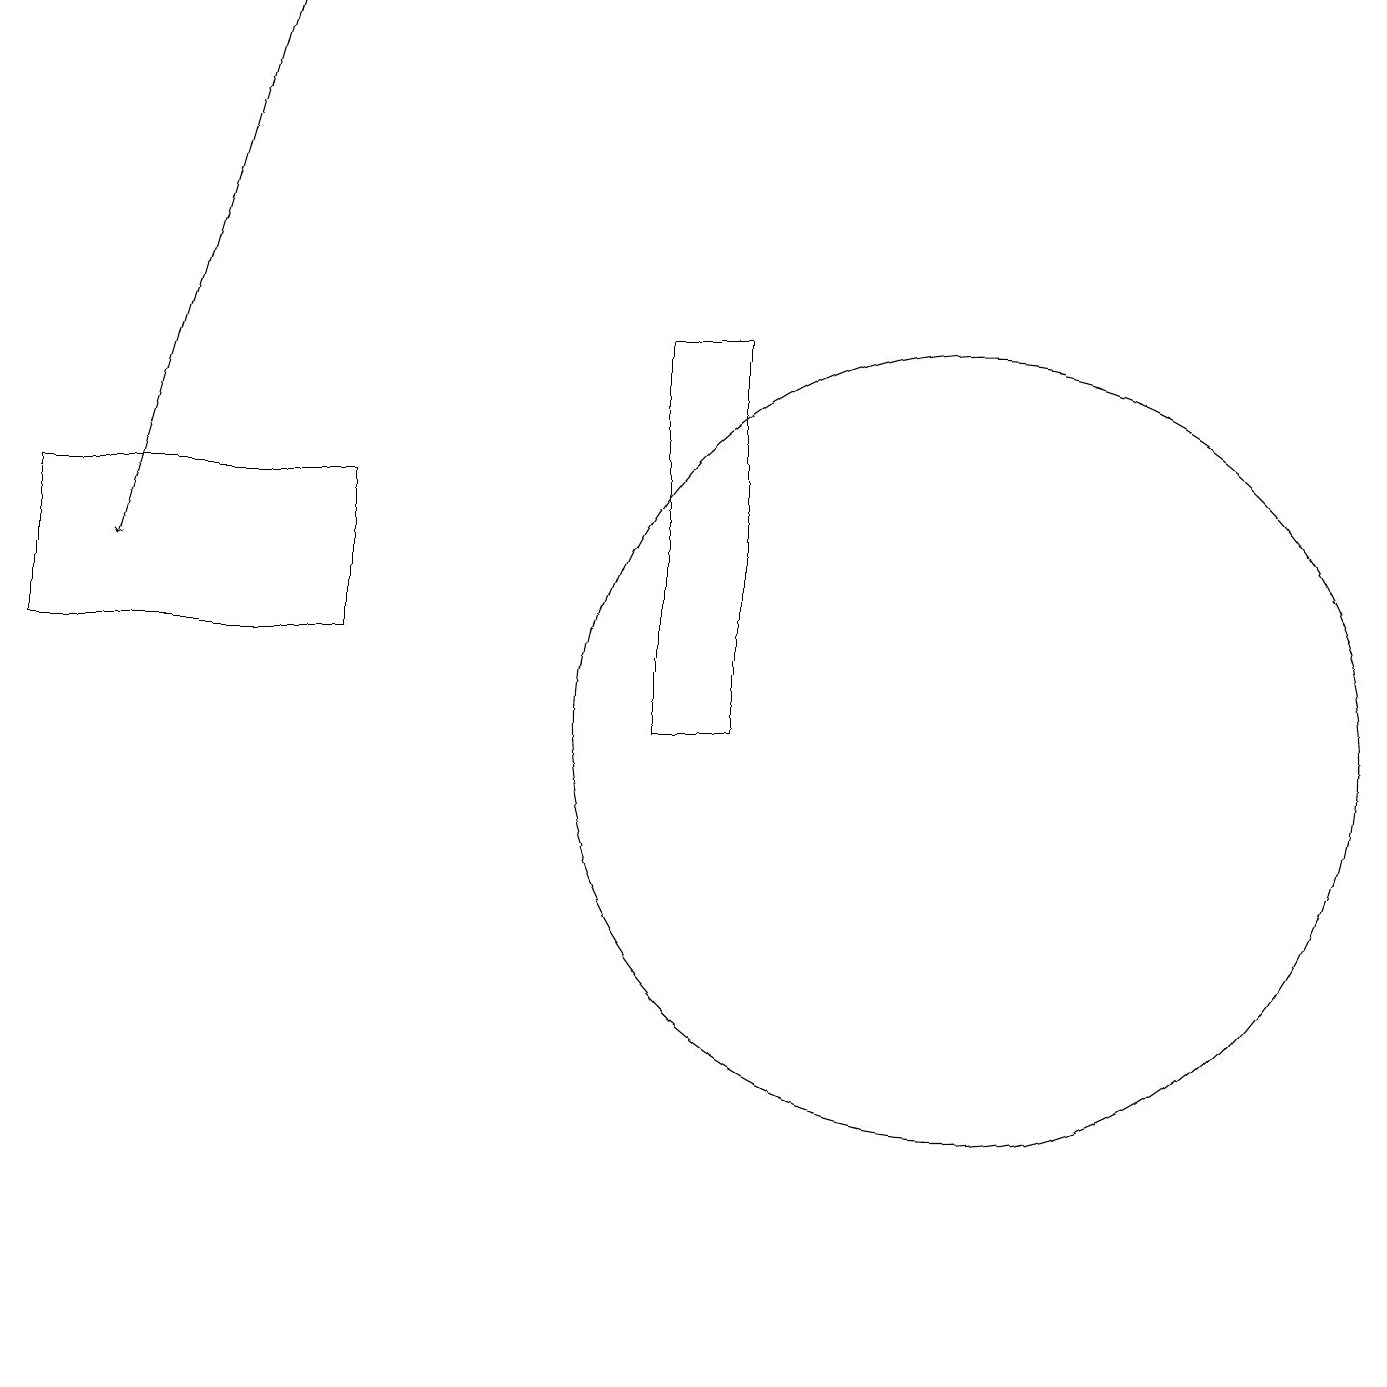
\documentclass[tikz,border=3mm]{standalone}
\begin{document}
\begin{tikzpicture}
\draw[->] (3,19) -- (1,12);
\draw (4,11) rectangle (0,13);
\draw (12,10) circle (5);
\draw (0,3) -- (0,6) -- (0,2) -- cycle;
\draw (8,10) rectangle (9,15);
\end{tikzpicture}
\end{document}